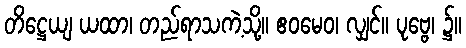
တိဋ္ဌေယျ ယထာ၊ တည်ရာသကဲ့သို့။ ဧဝမေဝ၊ လျှင်။ ပုဗ္ဗေ၊ ၌။